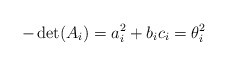
\begin{align*}-\det(A_i)=a_i^2+b_ic_i=\theta_i^2\end{align*}